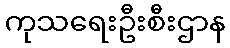
ကုသရေးဦးစီးဌာန